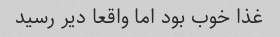
غذا خوب بود اما واقعا دیر رسید